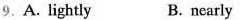
9.A. Lightly B.nearly